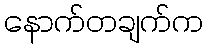
နောက်တချက်က